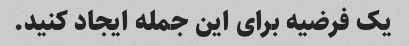
یک فرضیه برای این جمله ایجاد کنید.